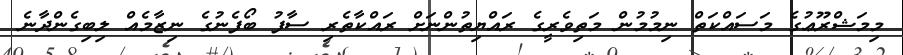
މިމަޝްރޫޢުގެ މަސައްކަތް ނިމުމުން މަތިވެރީގެ ރައްޔިތުންނަށް ރައްކާތެރި ސާފު ބޯފެނުގެ ނިޒާމެއް ލިބިގެންދާނެ